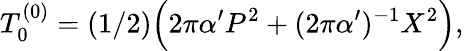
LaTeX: T_{0}^{(0)}=(1/2)\Bigl(2\pi\alpha^{\prime}P^{2}+(2\pi\alpha^{\prime})^{-1}X^{2}\Bigr),